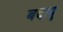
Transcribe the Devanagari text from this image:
बदायू